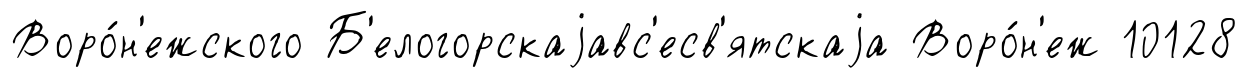
Воро́н'ежского Б'елогорскаjавс'есв'ятскаjа Воро́н'еж 10128